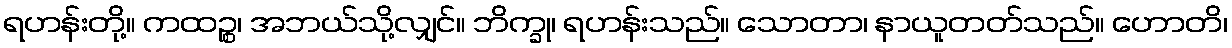
ရဟန်းတို့။ ကထဉ္စ၊ အဘယ်သို့လျှင်။ ဘိက္ခု၊ ရဟန်းသည်။ သောတာ၊ နာယူတတ်သည်။ ဟောတိ၊